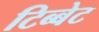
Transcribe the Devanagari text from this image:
टिब्बेट